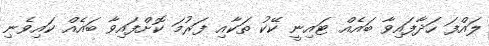
ލައްފަ ހަދާފައިވާ ބައެއް ޓައިނީ ކޭކު ތަކާއި ފަރުމަ ކޮށްފައިވާ ބައެއް ކައިވެނި